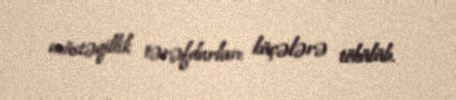
müstəqillik tərəfdarları küçələrə tökülüb.